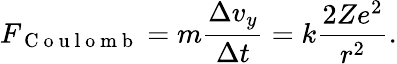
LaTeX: F_{\mathrm{~C~o~u~l~o~m~b~}}=m\frac{\Delta v_{y}}{\Delta t}=k\frac{2Ze^{2}}{r^{2}}.